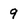
Character: 9